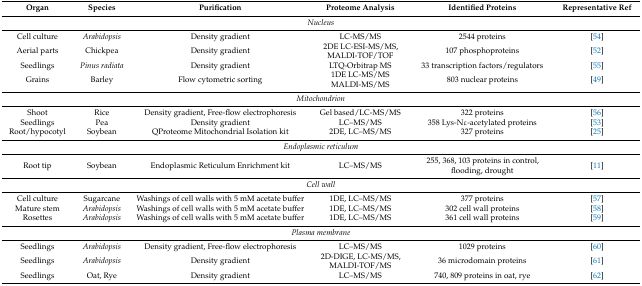
| Organ | Species | Purification | Proteome Analysis | Identified Proteins | Representative Ref |
 | --- | --- | --- | --- | --- | --- |
 | <COLSPAN=6> Nucleus |
 | Cell culture | Arabidopsis | Density gradient | LC-MS/MS | 2544 proteins | [54] |
 | Aerial parts | Chickpea | Density gradient | 2DE LC-ESI-MS/MS, MALDI-TOF/TOF | 107 phosphoproteins | [52] |
 | Seedlings | Pinus radiata | Density gradient | LTQ-Orbitrap MS | 33 transcription factors/regulators | [55] |
 | Grains | Barley | Flow cytometric sorting | 1DE LC-MS/MS MALDI-MS/MS | 803 nuclear proteins | [49] |
 | <COLSPAN=6> Mitochondrion |
 | Shoot | Rice | Density gradient, Free-flow electrophoresis | Gel based/LC-MS/MS | 322 proteins | [56] |
 | Seedlings | Pea | Density gradient | LC–MS/MS | 358 Lys-Nε-acetylated proteins | [53] |
 | Root/hypocotyl | Soybean | QProteome Mitochondrial Isolation kit | 2DE, LC–MS/MS | 327 proteins | [25] |
 | <COLSPAN=6> Endoplasmic reticulum |
 | Root tip | Soybean | Endoplasmic Reticulum Enrichment kit | LC–MS/MS | 255, 368, 103 proteins in control, flooding, drought | [11] |
 | <COLSPAN=6> Cell wall |
 | Cell culture | Sugarcane | Washings of cell walls with 5 mM acetate buffer | 1DE, LC–MS/MS | 377 proteins | [57] |
 | Mature stem | Arabidopsis | Washings of cell walls with 5 mM acetate buffer | 1DE, LC–MS/MS | 302 cell wall proteins | [58] |
 | Rosettes | Arabidopsis | Washings of cell walls with 5 mM acetate buffer | 1DE, LC–MS/MS | 361 cell wall proteins | [59] |
 | <COLSPAN=6> Plasma membrane |
 | Seedlings | Arabidopsis | Density gradient, Free-flow electrophoresis | LC–MS/MS | 1029 proteins | [60] |
 | Seedlings | Arabidopsis | Density gradient | 2D-DIGE, LC-MS/MS, MALDI-TOF/MS | 36 microdomain proteins | [61] |
 | Seedlings | Oat, Rye | Density gradient | LC–MS/MS | 740, 809 proteins in oat, rye | [62] |